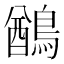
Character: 𪃬